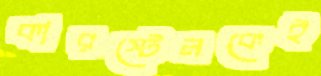
কারস্টেনকেই